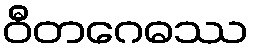
ဝီတဂေဓဿ